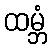
ထမ္ဘံ